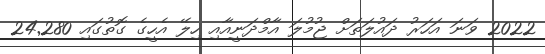
2022 ވަނަ އަހަރު ދައުލަތަށް ޖުމުލަ އާމްދަނީއާއި ހިލޭ އެހީގެ ގޮތުގައި 24